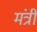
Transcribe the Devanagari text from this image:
मंत्री